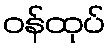
ဝန်ထုပ်